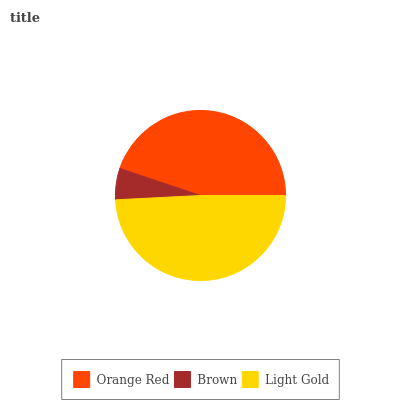
| Orange Red | Brown | Light Gold |
 | --- | --- | --- |
 | 44.9% | 5.95% | 49.2% |